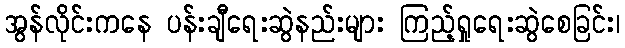
အွန်လိုင်းကနေ ပန်းချီရေးဆွဲနည်းများ ကြည့်ရှုရေးဆွဲစေခြင်း၊